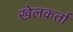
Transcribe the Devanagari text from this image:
खेलकर्ता